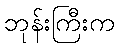
ဘုန်းကြီးက